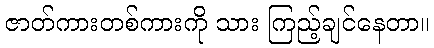
ဇာတ်ကားတစ်ကားကို သား ကြည့်ချင်နေတာ။